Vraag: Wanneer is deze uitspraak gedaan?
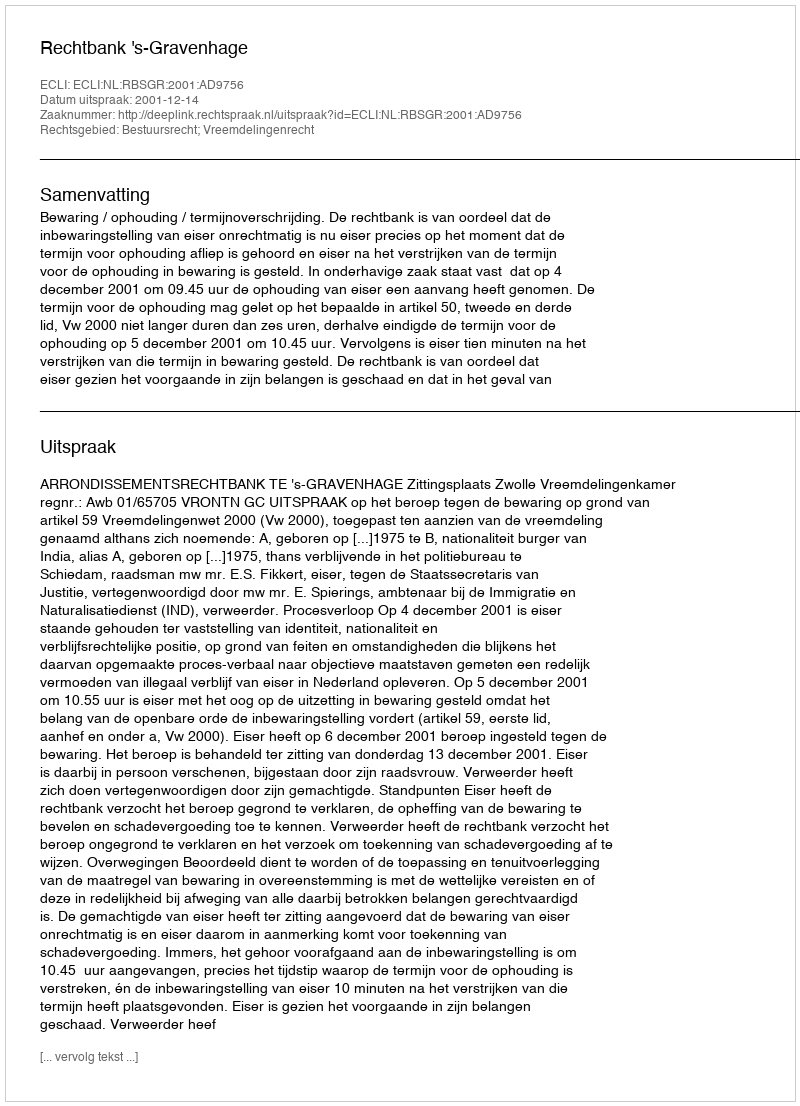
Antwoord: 2001-12-14